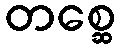
တစ္ဆေ